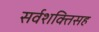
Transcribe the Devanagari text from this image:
सर्वशक्तिसह